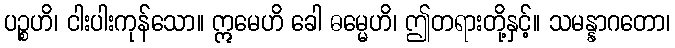
ပဉ္စဟိ၊ ငါးပါးကုန်သော။ ဣမေဟိ ခေါ ဓမ္မေဟိ၊ ဤတရားတို့နှင့်။ သမန္နာဂတော၊